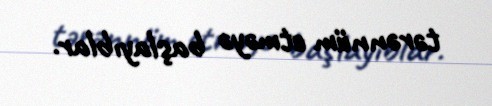
tərənnüm etməyə başlayıblar.